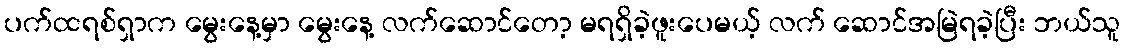
ပက်ထရစ်ရှာက မွေးနေ့မှာ မွေးနေ့ လက်ဆောင်တော့ မရရှိခဲ့ဖူးပေမယ့် လက် ဆောင်အမြဲရခဲ့ပြီး ဘယ်သူ